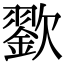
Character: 𣤪